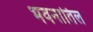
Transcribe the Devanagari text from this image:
भवनातिल